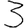
Digit: 3